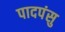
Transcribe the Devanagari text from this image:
पादपंसु